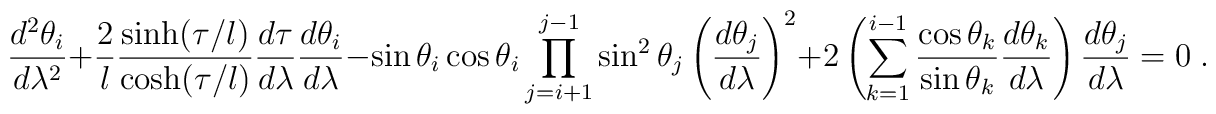
\displaystyle\frac{d^2\theta_i}{d\lambda^2}+ \frac{2}{l} \frac{\sinh(\tau/l)}{\cosh(\tau/l)} \frac{d\tau}{d\lambda}\frac{d\theta_i}{d\lambda}-\sin\theta_i\cos\theta_i \prod_{j=i+1}^{j-1}\sin^2\theta_j\left(\frac{d\theta_j}{d\lambda}\right)^2+2\left(\sum_{k=1}^{i-1}\frac{\cos\theta_k}{\sin\theta_k} \frac{d\theta_k}{d\lambda}\right) \frac{d\theta_j}{d\lambda} = 0 \;.